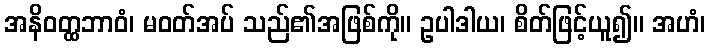
အနိဝတ္ထဘာဝံ၊ မဝတ်အပ် သည်၏အဖြစ်ကို။ ဥပါဒါယ၊ စိတ်ဖြင့်ယူ၍။ အဟံ၊